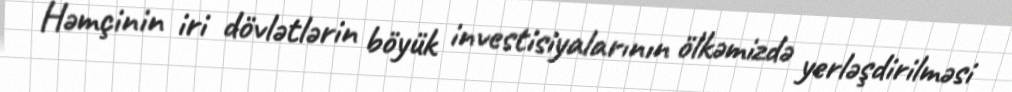
Həmçinin iri dövlətlərin böyük investisiyalarının ölkəmizdə yerləşdirilməsi